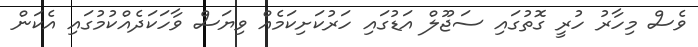
ވެސް މިހާރު ހުރީ ގޮތުގައި ސަޖޫލް އަޑުގައި ހަރުކަށިކަމެއް ވިޔަސް ވާހަކަދެއްކުމުގައި އެކަން